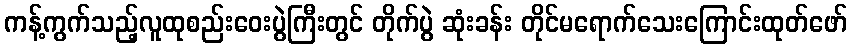
ကန့်ကွက်သည့်လူထုစည်းဝေးပွဲကြီးတွင် တိုက်ပွဲ ဆုံးခန်း တိုင်မရောက်သေးကြောင်းထုတ်ဖော်